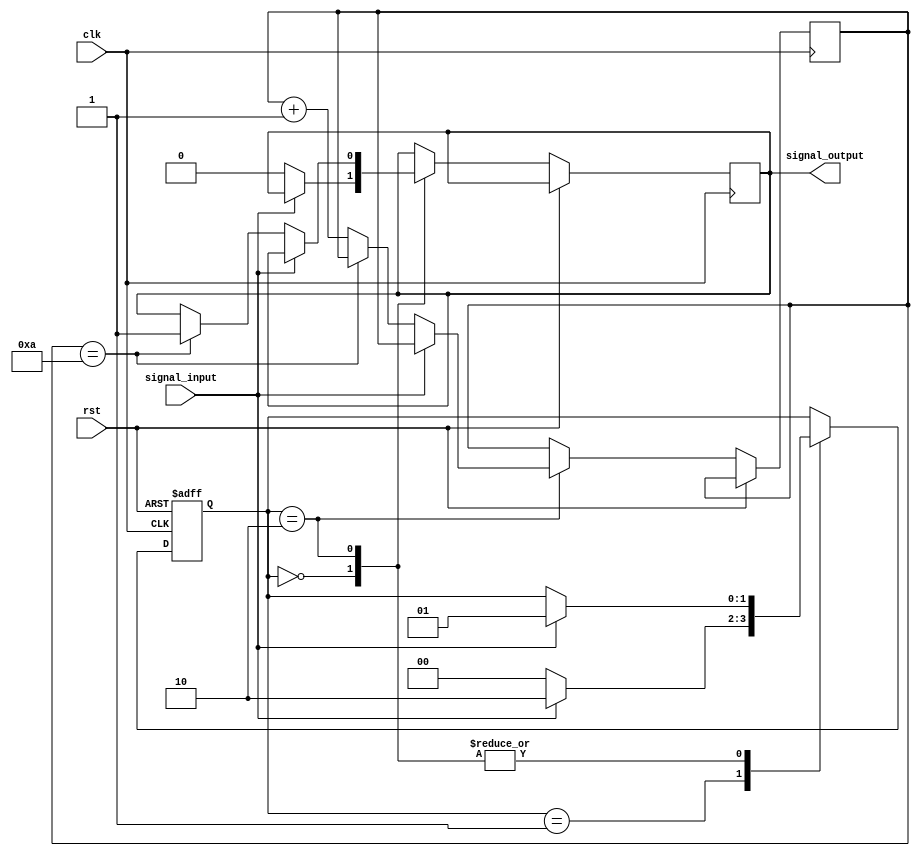
module debounce(
  input wire clk,
  input wire rst,
  input wire signal_input,
  output reg signal_output
);

// Define state variables
reg [1:0] state;
parameter IDLE = 2'b00;
parameter DETECT = 2'b01;
parameter DEBOUNCE = 2'b10;

// Define debounce parameters
parameter DEBOUNCE_COUNT = 10;

// Define state machine
always @(posedge clk or posedge rst) begin
  if (rst) begin
    state <= IDLE;
  end else begin
    case(state)
      IDLE: begin
        if (signal_input) begin
          state <= DETECT;
        end else begin
          signal_output <= 0;
        end
      end
      DETECT: begin
        if (!signal_input) begin
          state <= IDLE;
        end else begin
          state <= DEBOUNCE;
        end
      end
      DEBOUNCE: begin
        if (signal_input) begin
          state <= DETECT;
        end else begin
          if (counter == DEBOUNCE_COUNT) begin
            signal_output <= 1;
          end else begin
            counter <= counter + 1;
          end
        end
      end
    endcase
  end
end

// Define counter for debounce process
reg [3:0] counter;

endmodule